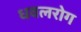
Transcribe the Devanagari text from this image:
धवलरोग